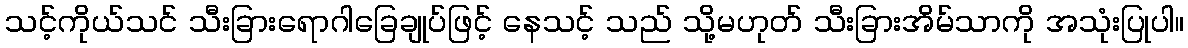
သင့်ကိုယ်သင် သီးခြားရောဂါခြေချုပ်ဖြင့် နေသင့် သည် သို့မဟုတ် သီးခြားအိမ်သာကို အသုံးပြုပါ။